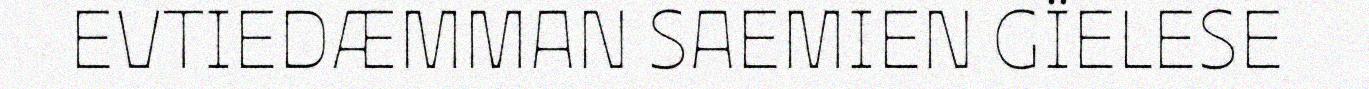
EVTIEDÆMMAN SAEMIEN GÏELESE